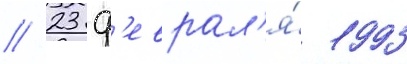
// 23 ф'еврал'я́ 1993